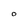
Character: 0